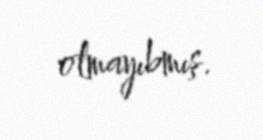
olmayıbmış.